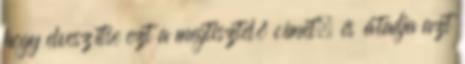
hogy elveszítse ezt a megtisztelő címet, és átadja azt